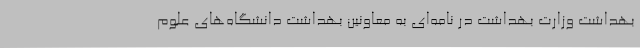
بهداشت وزارت بهداشت در نامه‌ای به معاونین بهداشت دانشگاه‌های علوم